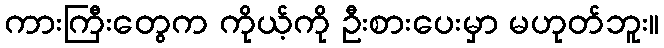
ကားကြီးတွေက ကိုယ့်ကို ဦးစားပေးမှာ မဟုတ်ဘူး။